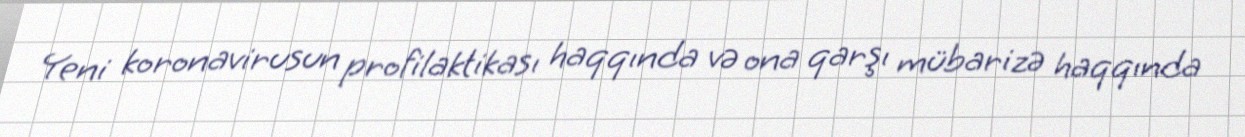
Yeni koronavirusun profilaktikası haqqında və ona qarşı mübarizə haqqında